Indian journal of veterinary science and animal husbandry - Volumes 26-27, 1956-1957
Year: 1956
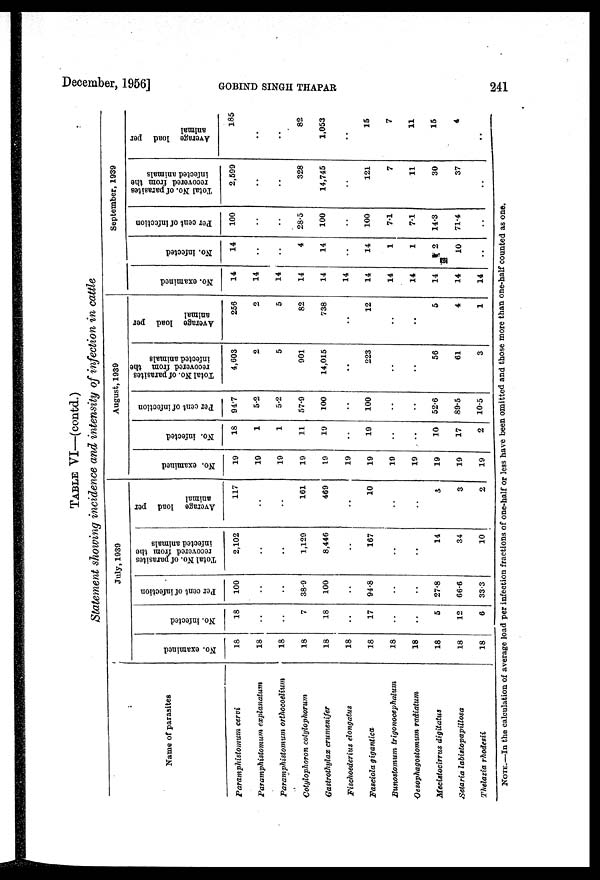
December, 1956] GOBIND SINGH THAPAR
241
TABLE VI—(contd.)
Statement showing incidence and intensity of infection in cattle
Name of parasites
Paramphistomum cervi
Paramphistomum
explanatum
Paramphistomum orthocoelium
Cotylophoron cotylophorum
Gastrothylax crumenifer
Fischoederius elongatus
Fasciola gigantica
Bunostomum trigonocephalum
Oesophagostomum radiatum
Mecistocirrus digitatus
Setaria labistopapillosa
Thelazia rhodesii
July, 1939
No. examined
18
18
18
18
18
18
18
18
18
18
18
18
No. infected
18
..
..
7
18
..
17
..
..
5
12
6
Per cent of infection
100
..
..
38.9
100
..
94.8
..
..
27.8
66.6
33.3
Total
No. of parasites
recovered from the
infected animals
2,102
..
..
1,129
8,446
..
167
..
..
14
34
10
Average load per
animal
117
..
..
161
469
..
10
..
..
3
3
2
August, 1939
No. examined
19
19
19
19
19
19
19
19
19
19
19
19
No. infected
18
1
1
11
19
..
19
..
..
10
17
2
Per cent of infection
94.7
5.2
5.2
57.9
100
..
100
..
..
52.6
89.5
10.5
Total No. of parasites
recovered from the
infected animals
4,603
2
5
901
14,015
..
223
..
..
56
61
3
Average load per
animal
256
2
5
82
738
..
12
..
..
5
4
1
September, 1939
No. examined
14
14
14
14
14
14
14
14
14
14
14
14
No. infected
14
..
..
4
14
..
14
1
1
2
10
..
Per cent of infection
100
..
..
28.5
100
..
100
7.1
7.1
14.3
71.4
..
Total No. of parasites
recovered from the
infected animals
2,599
..
..
328
14,745
..
121
7
11
30
37
..
Average load per
animal
185
..
..
82
1,053
..
15
7
11
15
4
..
NOTE.—In the calculation of average load per infection fractions of one.half or less have been omitted and those more than one-half counted as one.